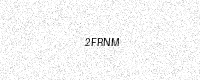
Text: 2FRNM